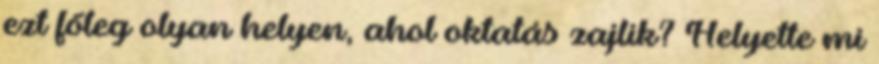
ezt főleg olyan helyen, ahol oktatás zajlik? Helyette mi